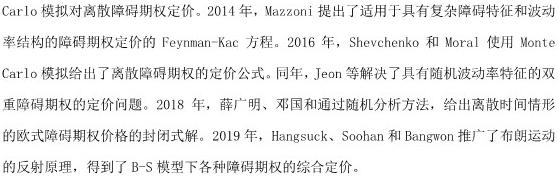
Carlo模拟对离散障碍期权定价。2014年，Mazzoni提出了适用于具有复杂障碍特征和波动率结构的障碍期权定价的Feynman - Kac方程。2016年，Shevchenko和Moral使用Monte Carlo模拟给出了离散障碍期权的定价公式。同年，Jeon等解决了具有随机波动率特征的双重障碍期权的定价问题。2018年，薛广明、邓国和通过随机分析方法，给出离散时间情形的欧式障碍期权价格的封闭式解。2019年，Hangsuck、Soohan和Bangwon推广了布朗运动的反射原理，得到了B - S模型下各种障碍期权的综合定价。